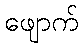
ဖျောက်